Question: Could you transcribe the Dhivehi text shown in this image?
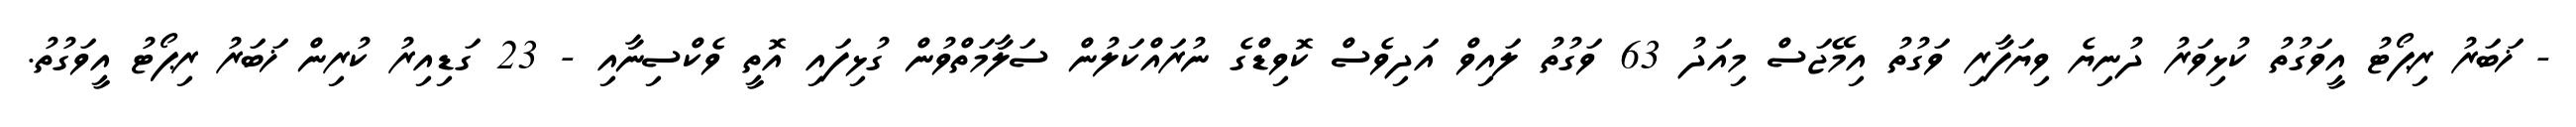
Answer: - ޚަބަރު ރިޕޯޓު އީވަގުތު ކުޅިވަރު ދުނިޔެ ވިޔަފާރި ވަގުތު އިމޭޖަސް މިއަދު 63 ވަގުތު ލައިވް އަދިވެސް ކޮވިޑްގެ ނުރައްކަލުން ސަލާމަތްވުން ގުޅިފައި އޮތީ ވެކްސިނާއި - 23 ގަޑިއިރު ކުރިން ޚަބަރު ރިޕޯޓު އީވަގުތު.